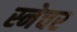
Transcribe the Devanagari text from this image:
स्नेचर